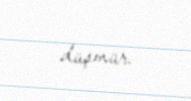
düşmür.